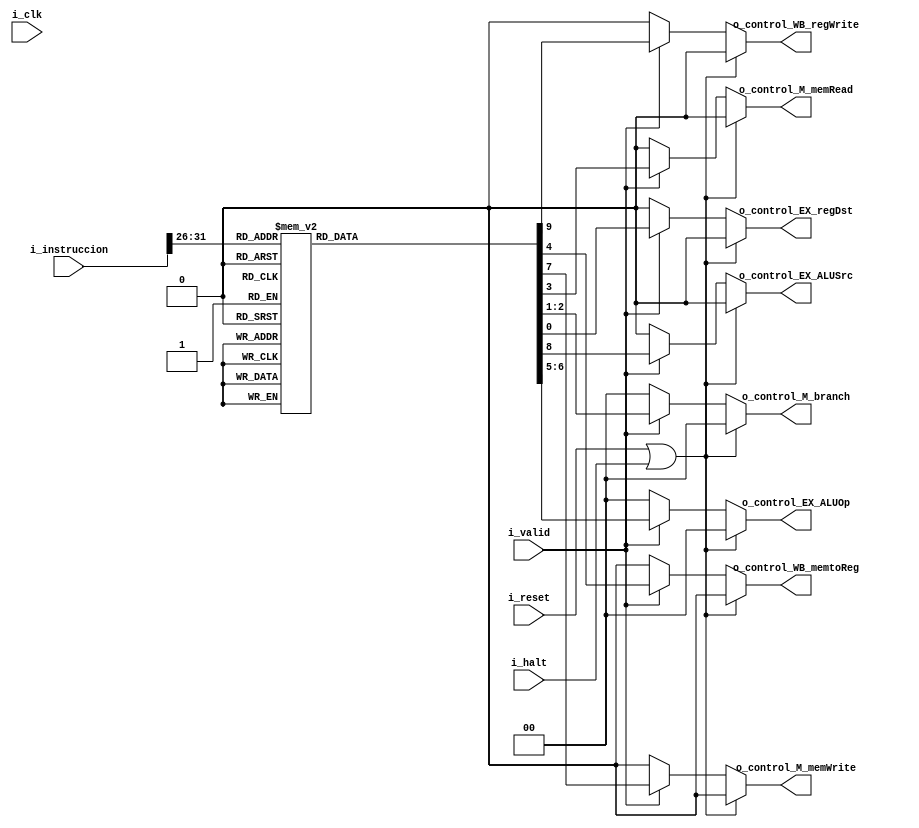
`timescale 1ns / 1ps

module control#
(
	parameter	N_BITS		= 32,
	parameter 	N_BITS_OP	= 6,
	parameter 	N_BITS_FUNC = 6
)
(
    input  wire       			 i_clk,
    input  wire     		     i_reset,
    input  wire       		 	 i_valid,
    input  wire       		 	 i_halt,
	input  wire [N_BITS-1:0]	 i_instruccion,
    
	//EX  - se?ales de control para ejecuci?n
	output reg [1:0] o_control_EX_ALUOp,
	output reg 		 o_control_EX_ALUSrc,
	output reg  	 o_control_EX_regDst,	
	
	//MEM - se?ales de control para acceso a memoria
	output reg [1:0] o_control_M_branch,
	output reg 	 	 o_control_M_memRead,
	output reg 	 	 o_control_M_memWrite,
	
	//WB  - se?ales de control para write-back
    output reg 	  	 o_control_WB_memtoReg,
	output reg 		 o_control_WB_regWrite
);
	
	reg [N_BITS_OP-1:0]   opcode;
	reg [N_BITS_FUNC-1:0] funcion;	
	
	always@*
	begin:control
		if(i_reset || i_halt)
		begin
			o_control_EX_regDst 	 = 1'b0;
			o_control_M_branch 	     = 2'b00;
			o_control_M_memRead 	 = 1'b0;
			o_control_WB_memtoReg    = 1'b0;
			o_control_EX_ALUOp 	     = 2'b00;
			o_control_M_memWrite     = 1'b0;
			o_control_EX_ALUSrc 	 = 1'b0;
			o_control_WB_regWrite    = 1'b0;
		end
		else if(i_valid)
		begin
		    opcode  = i_instruccion[31:26];
		
			case(opcode)
			//tipo R
			6'b000000:
            begin
                o_control_EX_regDst 	 = 1'b1;
                o_control_M_branch 	     = 2'b00;
                o_control_M_memRead 	 = 1'b0;
                o_control_WB_memtoReg    = 1'b0;
                o_control_EX_ALUOp 	     = 2'b00;
                o_control_M_memWrite     = 1'b0;
                o_control_EX_ALUSrc 	 = 1'b0;
                o_control_WB_regWrite    = 1'b1;
            end
				
			//tipo I
			6'b001111, 6'b001000, 6'b001100, 6'b001101, 6'b001110, 6'b001010://addi
			begin
				o_control_EX_regDst 	 = 1'b0;
				o_control_M_branch 	 = 2'b00;
				o_control_M_memRead 	 = 1'b0;
				o_control_WB_memtoReg = 1'b0;
				o_control_EX_ALUOp 	 = 2'b10;
				o_control_M_memWrite  = 1'b0;
				o_control_EX_ALUSrc 	 = 1'b1;
				o_control_WB_regWrite  = 1'b1;
			end
			
			//tipo beq
			6'b000100, 6'b000101:
			begin
				o_control_EX_regDst 	 = 1'b0;
				o_control_M_branch 	 = 2'b01;
				o_control_M_memRead 	 = 1'b0;
				o_control_WB_memtoReg = 1'b0;
				o_control_EX_ALUOp 	 = 2'b01;
				o_control_M_memWrite  = 1'b0;
				o_control_EX_ALUSrc 	 = 1'b0;
				o_control_WB_regWrite  = 1'b0;
			end
			
			//tipo J
			6'b000010, 6'b000011:
			begin
				o_control_EX_regDst 	 = 1'b0;
				o_control_M_branch 	 = 2'b10;
				o_control_M_memRead 	 = 1'b0;
				o_control_WB_memtoReg = 1'b0;
				o_control_EX_ALUOp 	 = 2'b00;
				o_control_M_memWrite  = 1'b0;
				o_control_EX_ALUSrc 	 = 1'b0;
				o_control_WB_regWrite  = 1'b0;
			end
	
			//tipo sw
			6'b101000, 6'b101001, 6'b101011:
			begin
				o_control_EX_regDst 	 = 1'b0;
				o_control_M_branch 	 = 2'b00;
				o_control_M_memRead 	 = 1'b0;
				o_control_WB_memtoReg = 1'b0;
				o_control_EX_ALUOp 	 = 2'b10;
				o_control_M_memWrite  = 1'b1;
				o_control_EX_ALUSrc  	 = 1'b1;
				o_control_WB_regWrite  = 1'b0;
			end
			
			//lw
			6'b100000, 6'b100001, 6'b100011, 6'b100100, 6'b100101, 6'b100111:
			begin 
				o_control_EX_regDst	 = 1'b0;
				o_control_M_branch 	 = 2'b00;
				o_control_M_memRead	 = 1'b1;
				o_control_WB_memtoReg = 1'b1;
				o_control_EX_ALUOp	 = 2'b00;
				o_control_M_memWrite	 = 1'b0;
				o_control_EX_ALUSrc	 = 1'b1;
				o_control_WB_regWrite	 = 1'b1;
			end
				
			default: //halt o no valida
			begin
			    o_control_EX_regDst	 = 1'b0;
				o_control_M_branch 	 = 2'b00;
				o_control_M_memRead	 = 1'b0;
				o_control_WB_memtoReg = 1'b0;
				o_control_EX_ALUOp	 = 2'b00;
				o_control_M_memWrite	 = 1'b0;
				o_control_EX_ALUSrc	 = 1'b0;
				o_control_WB_regWrite	 = 1'b0;
		    end
			endcase
		end
		else
		begin
			o_control_EX_regDst 	 = 1'b0;
			o_control_M_branch 	     = 2'b00;
			o_control_M_memRead 	 = 1'b0;
			o_control_WB_memtoReg    = 1'b0;
			o_control_EX_ALUOp 	     = 2'b00;
			o_control_M_memWrite     = 1'b0;
			o_control_EX_ALUSrc 	 = 1'b0;
			o_control_WB_regWrite    = 1'b0;
		end
	end
endmodule